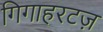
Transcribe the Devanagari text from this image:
गिगाहरटज़